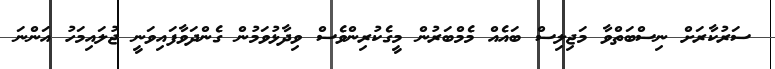
ސަރުކާރަށް ނިސްބަތްވާ މަޖިލިސް ބައެއް މެމްބަރުން މީގެކުރިންވެސް ވިދާޅުވަމުން ގެންދަވާފައިވަނީ ޖުލައިމަހު އަންނަ